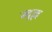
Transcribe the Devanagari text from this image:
खुल्ल